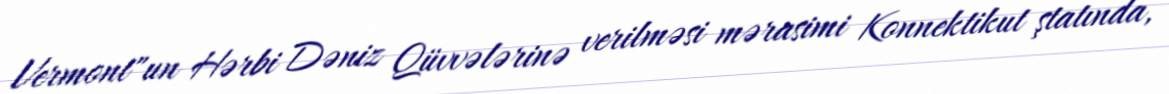
Vermont"un Hərbi Dəniz Qüvvələrinə verilməsi mərasimi Konnektikut ştatında,